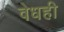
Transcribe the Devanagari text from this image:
वेधही